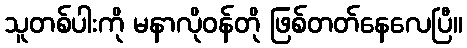
သူတစ်ပါးကို မနာလိုဝန်တို ဖြစ်တတ်နေလေပြီ။